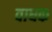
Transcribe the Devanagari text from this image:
वाधक